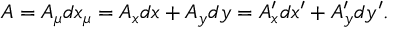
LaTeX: A = A _ { \mu } d x _ { \mu } = A _ { x } d x + A _ { y } d y = A _ { x } ^ { \prime } d x ^ { \prime } + A _ { y } ^ { \prime } d y ^ { \prime } .